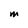
Character: M